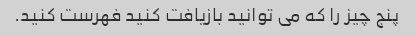
پنج چیز را که می توانید بازیافت کنید فهرست کنید.